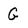
Character: G